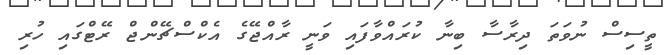
ތީސިސް ނުވަތަ ދިރާސާ ބިނާ ކުރައްވާފައި ވަނީ ރާއްޖޭގެ އެކްސްޗޭންޖް ރޭޓްގައި ހުރި